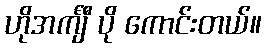
ဟိုအင်္ကျီ ပို ကောင်းတယ်။